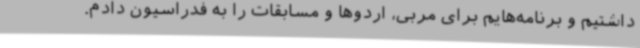
داشتیم و برنامه‌هایم برای مربی، اردوها و مسابقات را به فدراسیون دادم.